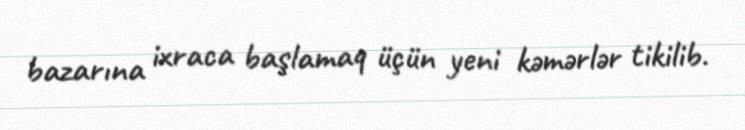
bazarına ixraca başlamaq üçün yeni kəmərlər tikilib.